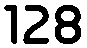
128